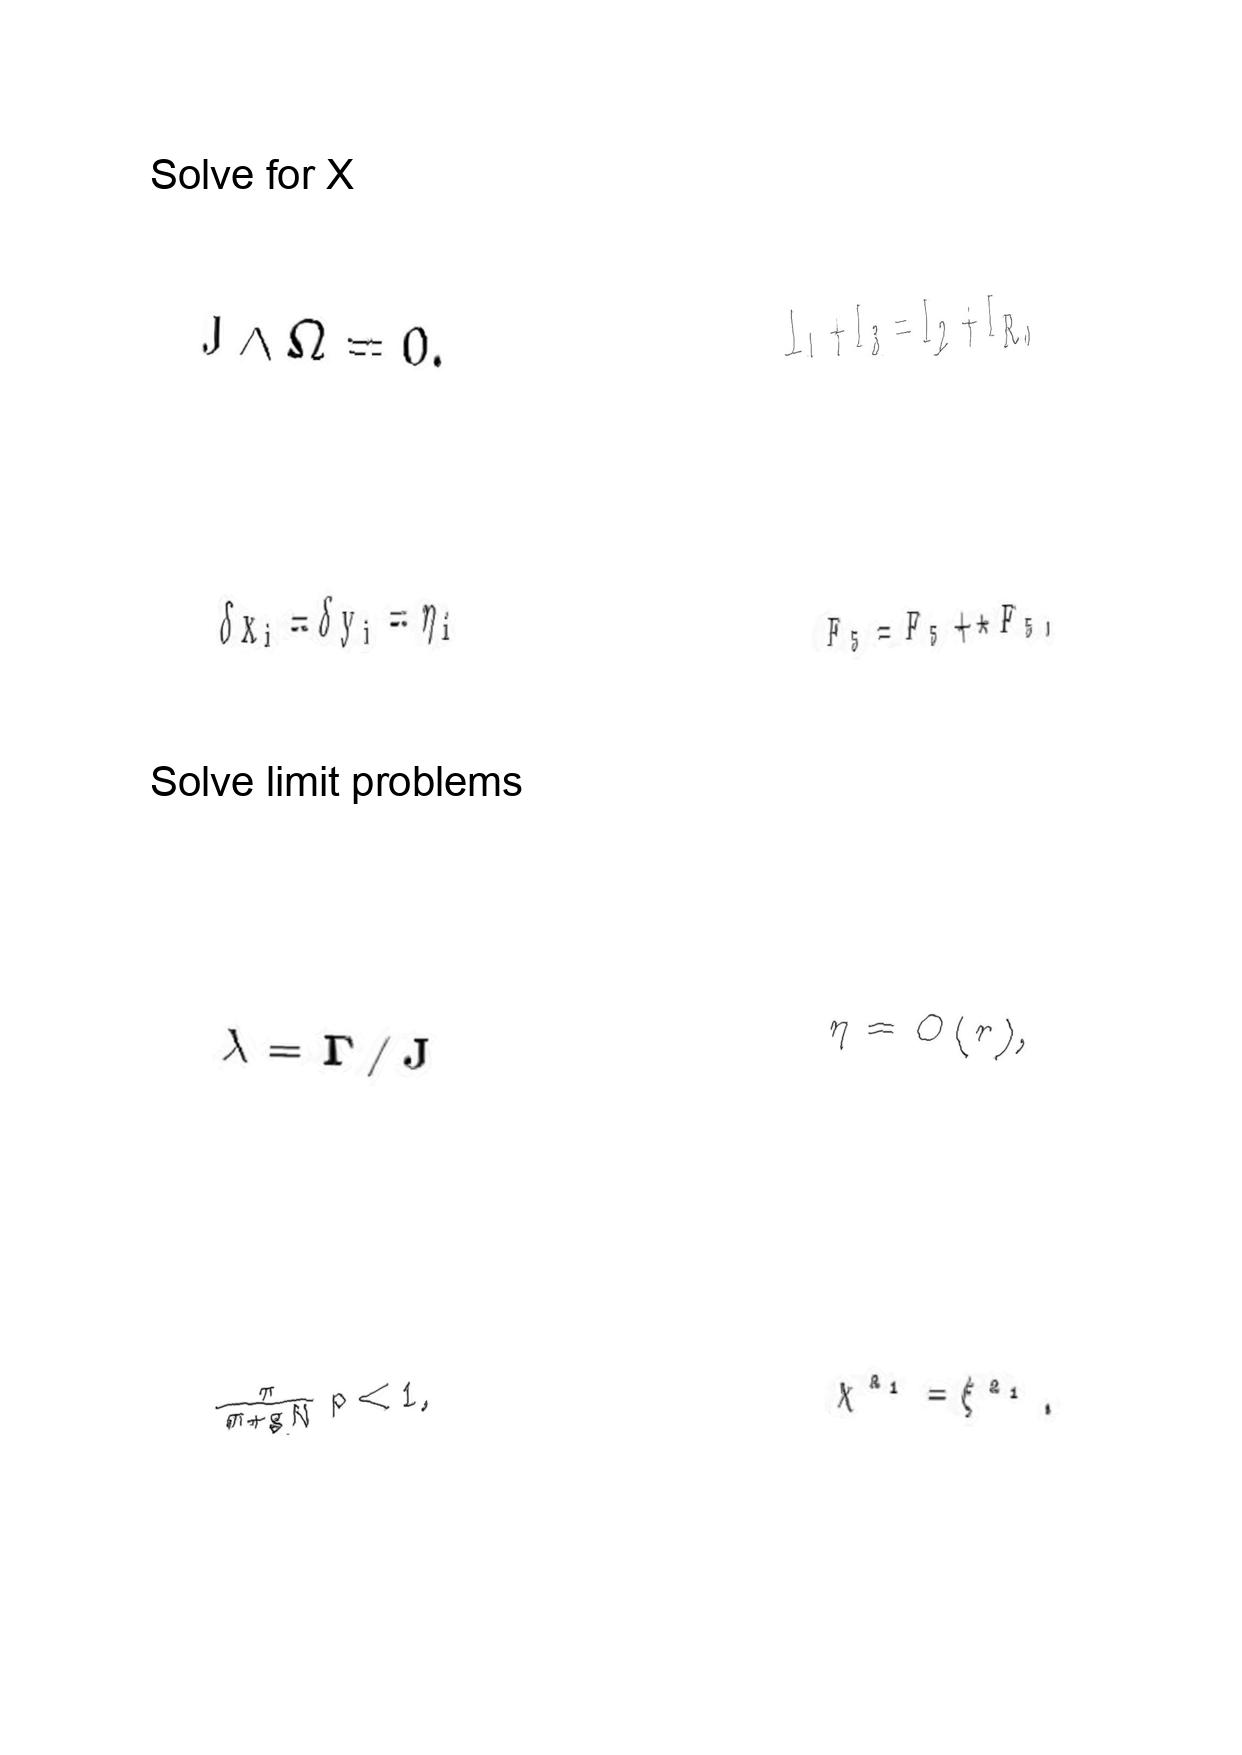
LaTeX transcription:
J \wedge \Omega = 0 .
\delta x _ { i } = \delta y _ { i } = \eta _ { i }
\lambda = \Gamma / J
\frac { \pi } { \pi + g N } p \lt 1 ,
I _ { 1 } + I _ { 3 } = I _ { 2 } + I _ { R } ,
F _ { 5 } = F _ { 5 } + \star F _ { 5 } ,
\eta = O \lparen r \rparen ,
\chi ^ { a _ { 1 } } = \xi ^ { a _ { 1 } } .